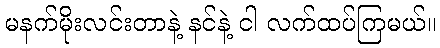
မနက်မိုးလင်းတာနဲ့ နင်နဲ့ ငါ လက်ထပ်ကြမယ်။